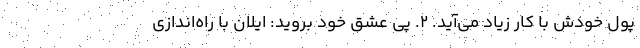
پول خودش با کار زیاد می‌آید. ۲. پی عشق خود بروید: ایلان با راه‌اندازی